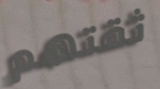
ثقتهم